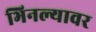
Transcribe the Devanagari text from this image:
भिनल्यावर